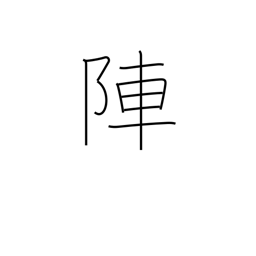
Meaning: battle array